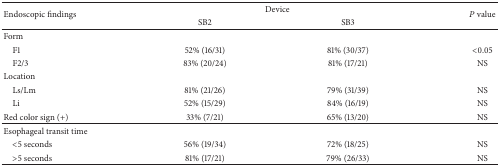
<table><thead><tr><td rowspan="2"><b>Endoscopic findings</b></td><td colspan="2"><b>Device</b></td><td rowspan="2"><b><i>P</i> value</b></td></tr><tr><td><b>SB2</b></td><td><b>SB3</b></td></tr></thead><tbody><tr><td>Form</td><td> </td><td> </td><td> </td></tr><tr><td> F1</td><td>52% (16/31)</td><td>81% (30/37)</td><td>&lt;0.05</td></tr><tr><td> F2/3</td><td>83% (20/24)</td><td>81% (17/21)</td><td>NS</td></tr><tr><td>Location</td><td> </td><td> </td><td> </td></tr><tr><td> Ls/Lm</td><td>81% (21/26)</td><td>79% (31/39)</td><td>NS</td></tr><tr><td> Li</td><td>52% (15/29)</td><td>84% (16/19)</td><td>NS</td></tr><tr><td>Red color sign (+)</td><td>33% (7/21)</td><td>65% (13/20)</td><td>NS</td></tr><tr><td>Esophageal transit time</td><td> </td><td> </td><td> </td></tr><tr><td> &lt;5 seconds</td><td>56% (19/34)</td><td>72% (18/25)</td><td>NS</td></tr><tr><td> &gt;5 seconds</td><td>81% (17/21)</td><td>79% (26/33)</td><td>NS</td></tr></tbody></table>